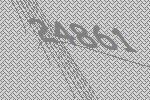
24861